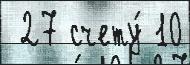
 27 счету́ 10